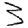
Digit: 3